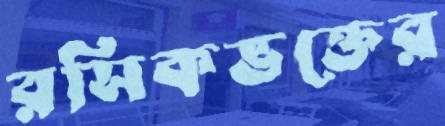
রসিকভক্তের